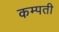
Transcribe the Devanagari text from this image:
कम्पती